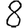
Digit: 8